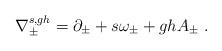
LaTeX: \begin{align*}\nabla^{s,gh}_{\pm}=\partial _{\pm}+s\omega _{\pm}+gh A_{\pm}\ .\end{align*}